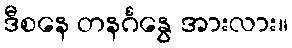
ဒီစနေ တနင်္ဂနွေ အားလား။